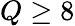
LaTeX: Q\geq 8